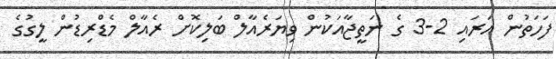
ފަހަތުން އަރައި 2-3 ގެ ނަތީޖާއަކުން ވިޔަރެއާލް ބަލިކޮށް ރެއާލް މެޑްރިޑުން ލީގުގެ